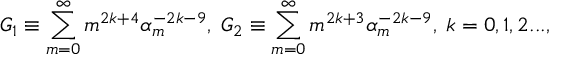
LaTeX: G _ { 1 } \equiv \sum _ { m = 0 } ^ { \infty } m ^ { 2 k + 4 } \alpha _ { m } ^ { - 2 k - 9 } , \; G _ { 2 } \equiv \sum _ { m = 0 } ^ { \infty } m ^ { 2 k + 3 } \alpha _ { m } ^ { - 2 k - 9 } , \; k = 0 , 1 , 2 . . . ,